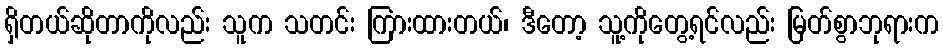
ရှိတယ်ဆိုတာကိုလည်း သူက သတင်း ကြားထားတယ်၊ ဒီတော့ သူ့ကိုတွေ့ရင်လည်း မြတ်စွာဘုရားက